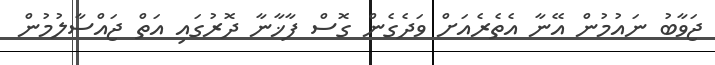
ޖަވާބު ނައުމުން އޭނާ އެތެރެއަށް ވަދެގެން ގޮސް ފާޚާނާ ދޮރުގައި އަތް ޖައްސާލުމުން